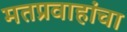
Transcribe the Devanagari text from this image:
मतप्रवाहांचा